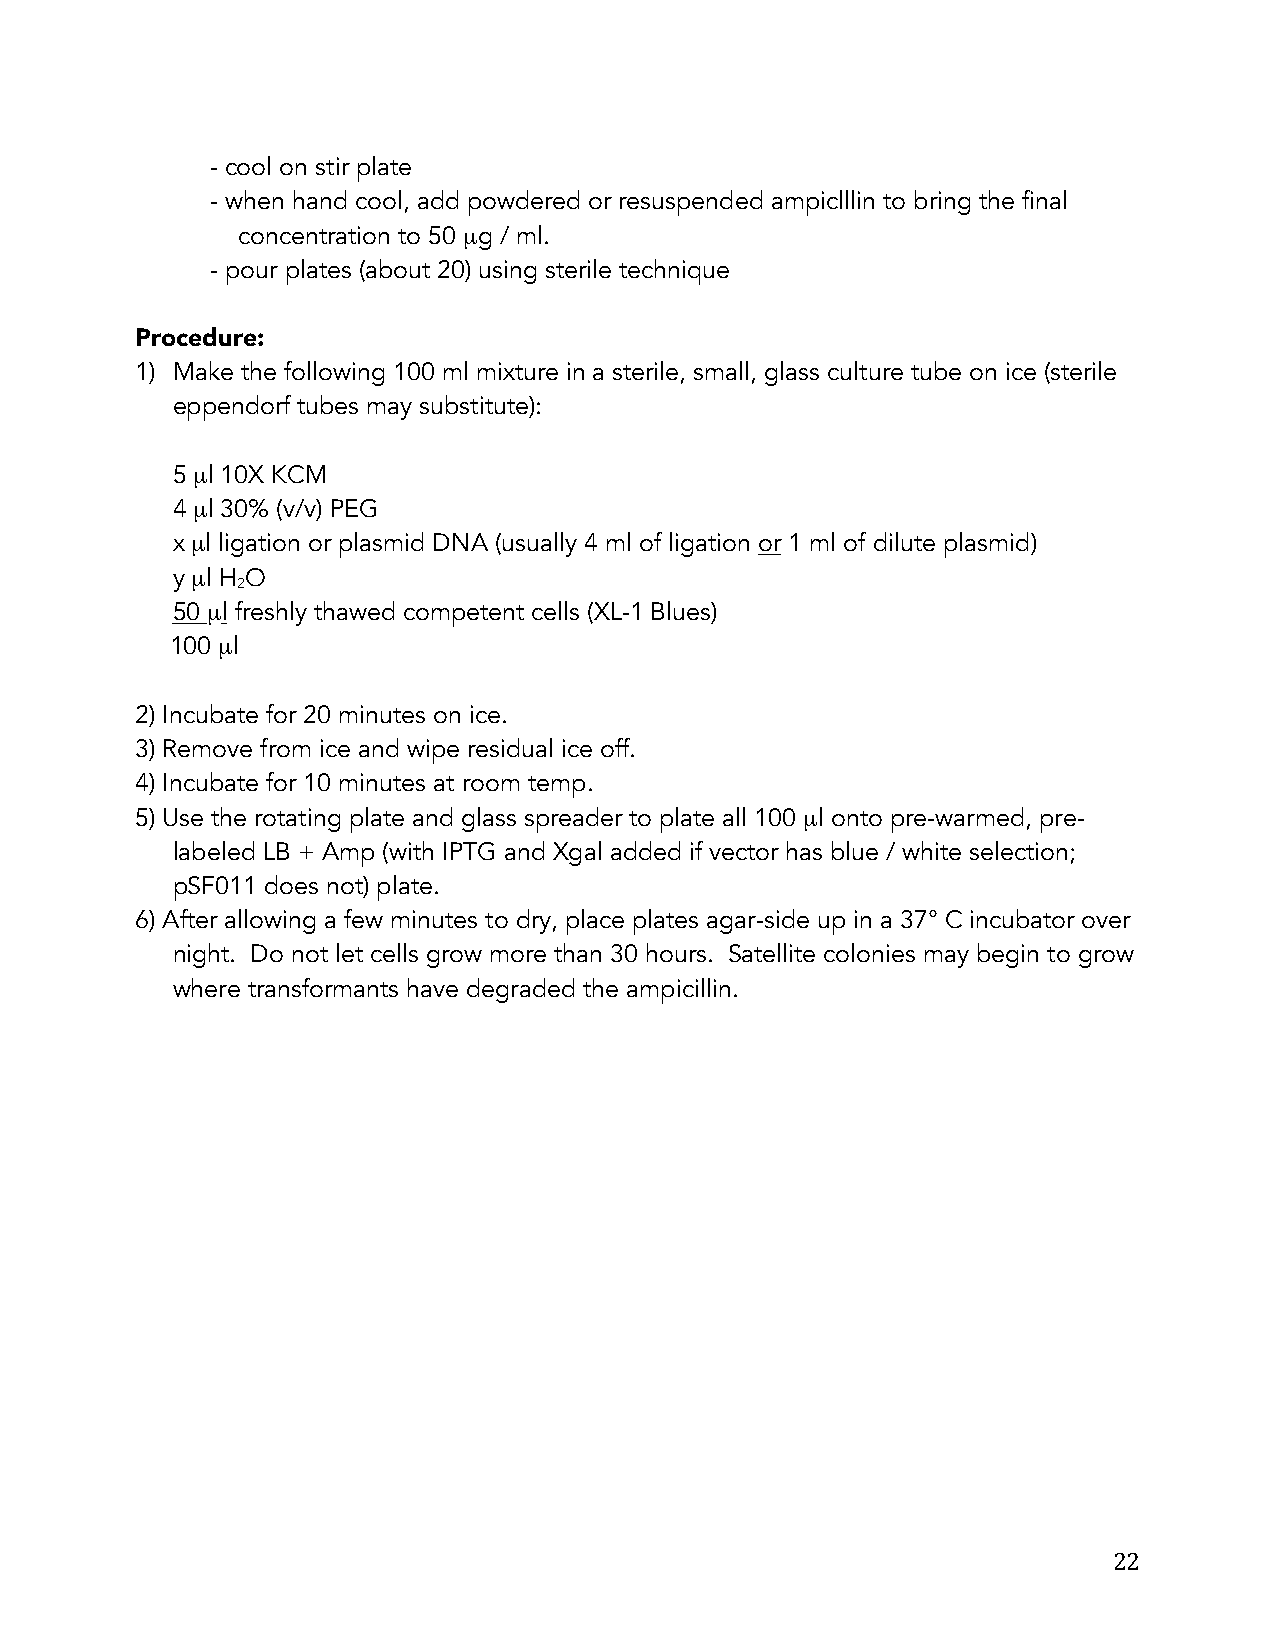
- cool on stir plate
 - when hand cool, add powdered or resuspended ampiclllin to bring the final
 concentration to 50 µg / ml.
 - pour plates (about 20) using sterile technique
 Procedure:
 1) Make the following 100 ml mixture in a sterile, small, glass culture tube on ice (sterile
 eppendorf tubes may substitute):
 5 µl 10X KCM
 4 µl 30% (v/v) PEG
 x µl ligation or plasmid DNA (usually 4 ml of ligation or 1 ml of dilute plasmid)
 y µl H O
 2
 50 µl freshly thawed competent cells (XL-1 Blues)
 100 µl
 2) Incubate for 20 minutes on ice.
 3) Remove from ice and wipe residual ice off.
 4) Incubate for 10 minutes at room temp.
 5) Use the rotating plate and glass spreader to plate all 100 µl onto pre-warmed, pre-
 labeled LB + Amp (with IPTG and Xgal added if vector has blue / white selection;
 pSF011 does not) plate.
 6) After allowing a few minutes to dry, place plates agar-side up in a 37° C incubator over
 night. Do not let cells grow more than 30 hours. Satellite colonies may begin to grow
 where transformants have degraded the ampicillin.
 22